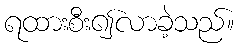
ရထားစီး၍လာခဲ့သည်။